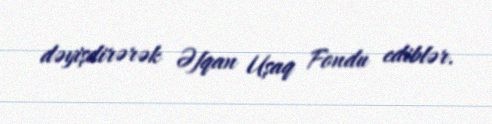
dəyişdirərək Əfqan Uşaq Fondu ediblər.